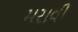
મરાવી